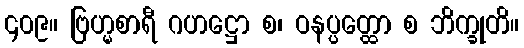
၄၀၉။ ဗြဟ္မစာရီ ဂဟဋ္ဌော စ၊ ဝနပ္ပတ္ထော စ ဘိက္ခုတိ။